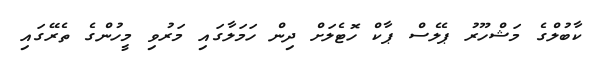
ކާބުލްގެ މަޝްހޫރު ޕެލެސް ޕާކް ހޮޓެލަށް ދިން ހަމަލާގައި މަރުވި މީހުންގެ ތެރޭގައި